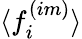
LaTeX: \langle f_{i}^{(im)}\rangle